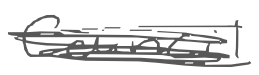
Text: Council
Cross-out: scratch
Writing tool: digital_gray